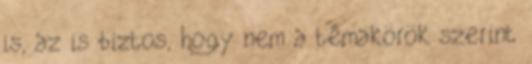
is, az is biztos, hogy nem a témakörök szerint